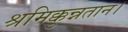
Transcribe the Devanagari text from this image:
श्रमिक्कुन्नतान।